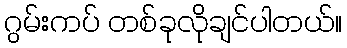
ဂွမ်းကပ် တစ်ခုလိုချင်ပါတယ်။